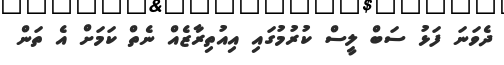
ދެވަނަ ފަޅު ސަބް ލީސް ކުރުމުގައި އިއުތިރާޒެއް ނެތް ކަމަށް އެ ތަން